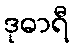
ဒုဓာရီ